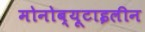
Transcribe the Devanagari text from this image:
मोनोब्यूटाइलीन